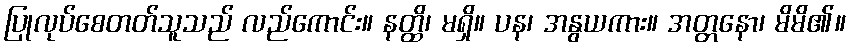
ပြုလုပ်စေတတ်သူသည် လည်ကောင်း။ နတ္ထိ၊ မရှိ။ ပန၊ အနွယကား။ အတ္တနော၊ မိမိ၏။